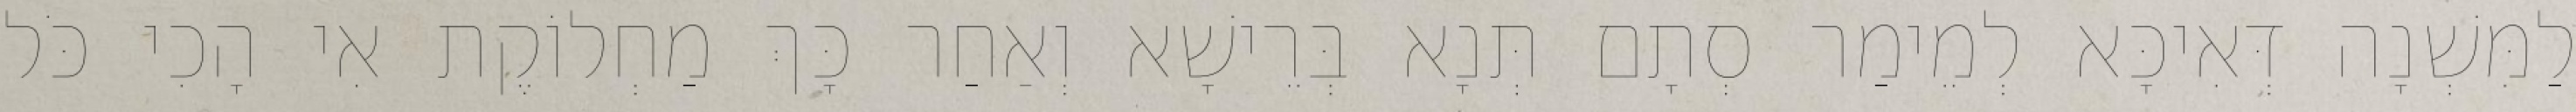
לַמִּשְׁנָה דְּאִיכָּא לְמֵימַר סְתָם תְּנָא בְּרֵישָׁא וְאַחַר כָּךְ מַחְלוֹקֶת אִי הָכִי כֹּל